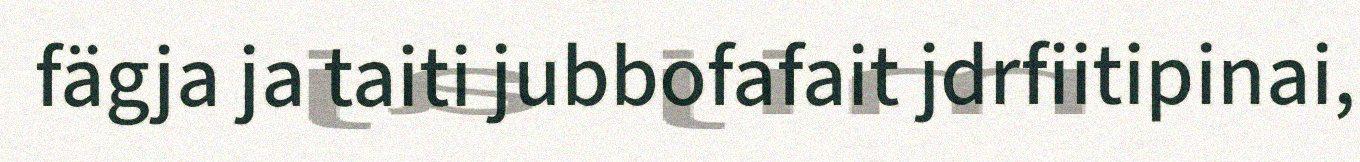
fägja ja taiti jubbofafait jdrfiitipinai,